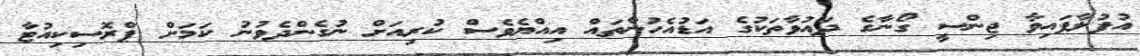
އުފުލާފައިވާ ޖިންސީ ގޯނާގެ ދައުވާތަކުގެ އަޑުއެހުންތައް އިއްޔެވެސް ކުރިއަށް ނުގެންދެވުނު ކަމަށް ޕްރޮސިކިއުޓާ